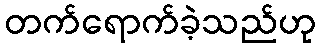
တက်ရောက်ခဲ့သည်ဟု